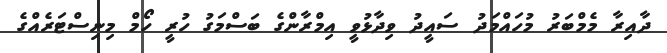
ދާއިރާ މެމްބަރު މުހައްމަދު ސައީދު ވިދާޅުވީ އިމްރާންގެ ބަސްމަގު ހުރީ ހޯމް މިނިސްޓަރެއްގެ